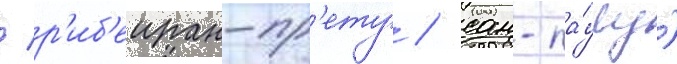
/ р'иб'еиран-пр'ету / сан-па́улу)